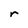
Character: r